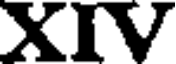
XIV